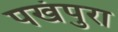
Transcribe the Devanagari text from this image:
पखंपुरा